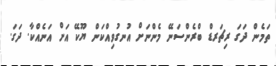
ތަމެން ދަގަ ރިޗަރޑް ބްރެންސަނޭ މެންނަށް އުނގުވިއްކަން ޔޫކޭ އަށް އަނެއްކާ. ދަގަ.